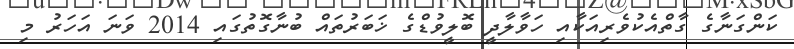
ކަންގަނާގެ ގާތްއެކުވެރިއަކާއި ހަވާލާދީ ބޮލީވުޑްގެ ޚަބަރުތައް ބުނާގޮތުގައި 2014 ވަނަ އަހަރު މި